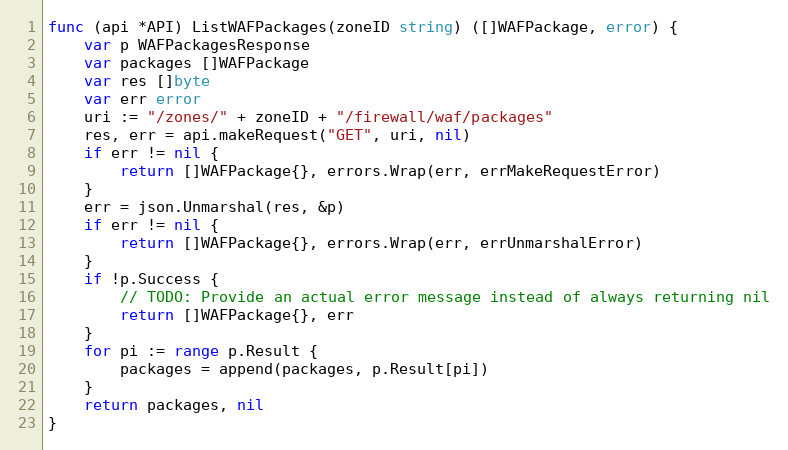
Language: Go
func (api *API) ListWAFPackages(zoneID string) ([]WAFPackage, error) {
	var p WAFPackagesResponse
	var packages []WAFPackage
	var res []byte
	var err error
	uri := "/zones/" + zoneID + "/firewall/waf/packages"
	res, err = api.makeRequest("GET", uri, nil)
	if err != nil {
		return []WAFPackage{}, errors.Wrap(err, errMakeRequestError)
	}
	err = json.Unmarshal(res, &p)
	if err != nil {
		return []WAFPackage{}, errors.Wrap(err, errUnmarshalError)
	}
	if !p.Success {
		// TODO: Provide an actual error message instead of always returning nil
		return []WAFPackage{}, err
	}
	for pi := range p.Result {
		packages = append(packages, p.Result[pi])
	}
	return packages, nil
}